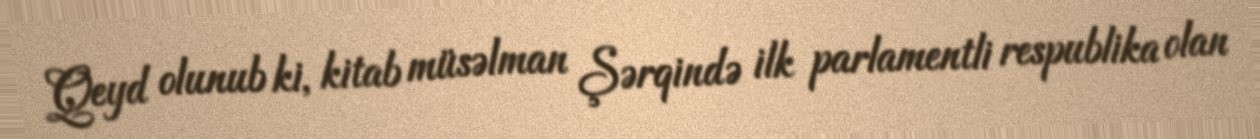
Qeyd olunub ki, kitab müsəlman Şərqində ilk parlamentli respublika olan